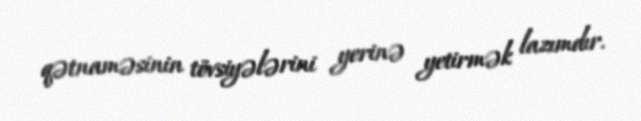
qətnaməsinin tövsiyələrini yerinə yetirmək lazımdır.